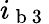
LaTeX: i_{\mathrm{~b~3~}}